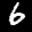
Label: 6